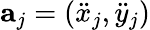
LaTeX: \textbf{a}_{j}=\left(\ddot{x}_{j},\ddot{y}_{j}\right)